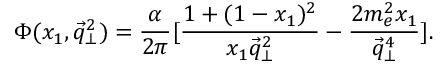
\Phi ( x _ { 1 } , \vec { q } _ { \bot } ^ { 2 } ) = \frac { \alpha } { 2 \pi } [ \frac { 1 + ( 1 - x _ { 1 } ) ^ { 2 } } { x _ { 1 } \vec { q } _ { \bot } ^ { 2 } } - \frac { 2 m _ { e } ^ { 2 } x _ { 1 } } { \vec { q } _ { \bot } ^ { 4 } } ] .